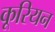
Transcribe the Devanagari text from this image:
कूरियन